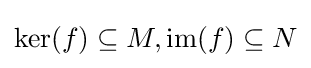
\ker(f)\subseteq M,\mathrm {im} (f)\subseteq N